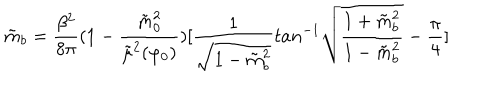
LaTeX: \tilde { m } _ { b } = { \frac { \beta ^ { 2 } } { 8 \pi } } ( 1 - { \frac { \tilde { m } _ { 0 } ^ { 2 } } { \tilde { \mu } ^ { 2 } ( \varphi _ { 0 } ) } } ) [ { \frac { 1 } { \sqrt { 1 - \tilde { m } _ { b } ^ { 2 } } } } t a n ^ { - 1 } \sqrt { { \frac { 1 + \tilde { m } _ { b } ^ { 2 } } { 1 - \tilde { m } _ { b } ^ { 2 } } } } - { \frac { \pi } { 4 } } ]